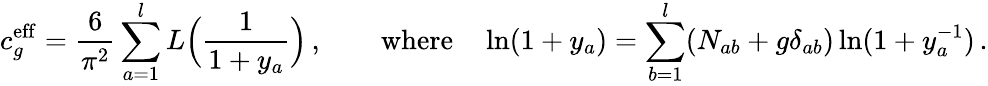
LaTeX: c_{g}^{\mathrm{eff}}=\frac{6}{\pi^{2}}\sum_{a=1}^{l}L\Bigl(\frac{1}{1+y_{a}}\Bigr)\, ,\qquad\mathrm{where}\quad\ln(1+y_{a})=\sum_{b=1}^{l}(N_{ab}+g\delta_{ab})\ln(1+y_{a}^{-1})\, .